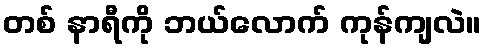
တစ် နာရီကို ဘယ်လောက် ကုန်ကျလဲ။